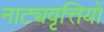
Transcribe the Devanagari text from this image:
नाट्यवृत्तियों